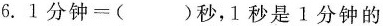
6.$$1分钟=()秒$$，1秒是1分钟的